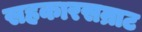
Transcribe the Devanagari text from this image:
सहकारसम्राट